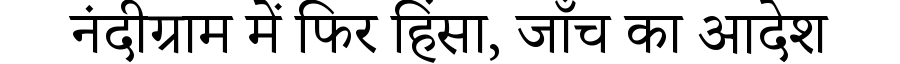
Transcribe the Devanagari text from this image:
नंदीग्राम में फिर हिंसा, जाँच का आदेश